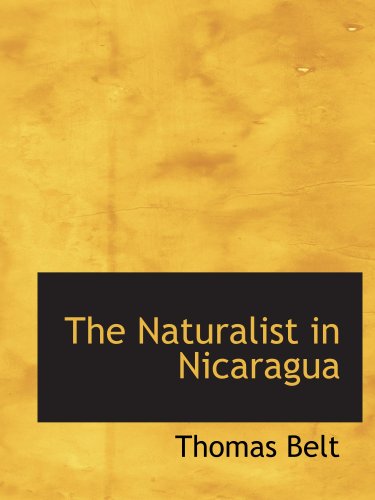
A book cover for The Naturalist in Nicaragua; Thomas Belt; Travel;